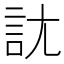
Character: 𧥩